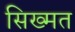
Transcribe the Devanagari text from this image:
सिख्मत